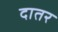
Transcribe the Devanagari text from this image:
दातर